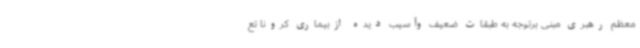
معظم رهبری مبنی برتوجه به طبقات ضعیف وآسیب دیده ازبیماری کرونا تع